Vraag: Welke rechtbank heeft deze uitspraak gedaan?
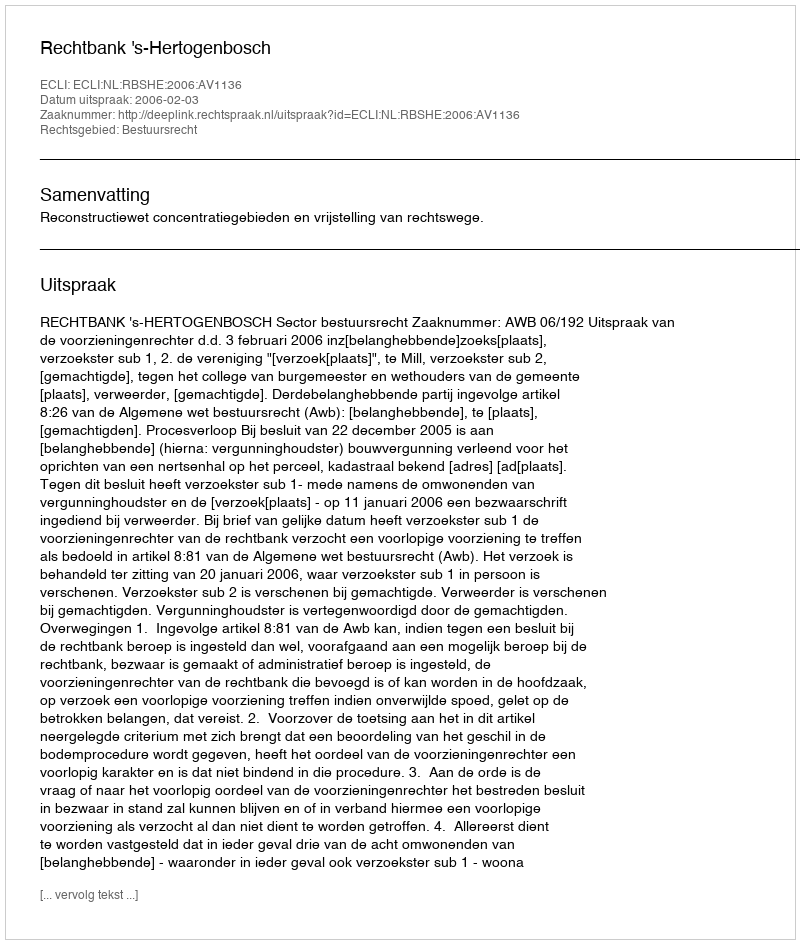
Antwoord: Rechtbank 's-Hertogenbosch